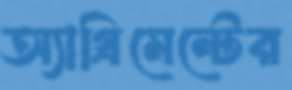
অ্যাগ্রিমেন্টের